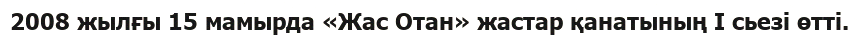
2008 жылғы 15 мамырда «Жас Отан» жастар қанатының І сьезі өтті.